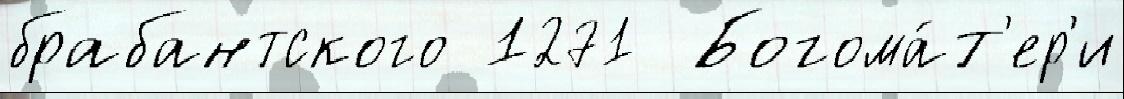
брабантского 1271  Богома́т'ер'и